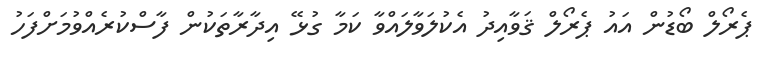
ޕެރޯލް ބޯޑުން އައު ޕެރޯލް ޤަވާއިދު އެކުލަވާލައްވާ ކަމާ ގުޅޭ އިދާރާތަކުން ފާސްކުރެއްވުމަށްފަހު